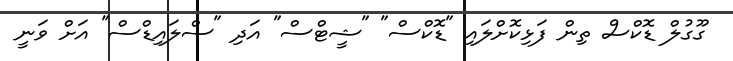
ގޫގުލް ޑޮކްސް ތިން ފަޅިކޮށްލައި "ޑޮކްސް" "ޝީޓްސް" އަދި "ސްލައިޑްސް" އަށް ވަނީ